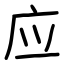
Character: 应